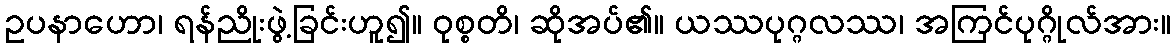
ဥပနာဟော၊ ရန်ညိုးဖွဲ့ခြင်းဟူ၍။ ဝုစ္စတိ၊ ဆိုအပ်၏။ ယဿပုဂ္ဂလဿ၊ အကြင်ပုဂ္ဂိုလ်အား။